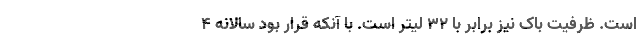
است. ظرفیت باک نیز برابر با 32 لیتر است. با آنکه قرار بود سالانه 4